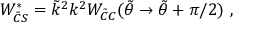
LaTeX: W _ { \tilde { C } S } ^ { * } = \tilde { k } ^ { 2 } k ^ { 2 } W _ { \tilde { C } C } ( \tilde { \theta } \rightarrow \tilde { \theta } + \pi / 2 ) ~ ,